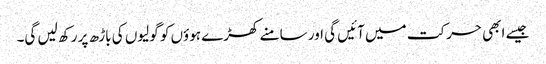
جیسے ابھی حرکت میں آئیں گی اور سامنے کھڑے ہوؤں کو گولیوں کی باڑھ پر رکھ لیں گی۔